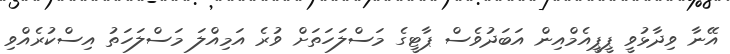
އޭނާ ވިދާޅުވީ ޕީޕީއެމްއިން އަބަދުވެސް ޕާޓީގެ މަސްލަހަތަށް ވުރެ އަމިއްލަ މަސްލަހަތު އިސްކުރެއްވި